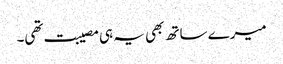
میرے ساتھ بھی یہ ہی مصیبت تھی۔